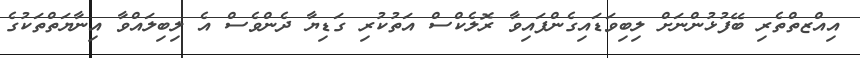
އިއްޒތްތެރި ބޭފުޅުންނަށް ލިބިވަޑައިގެންފައިވާ ރޮލެކްސް އަތުކުރި ގަޑިޔާ ދެންވެސް އެ ލިބިލައްވާ އިނާޔަތްތަކުގެ